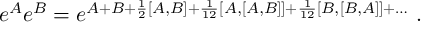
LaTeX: e ^ { A } e ^ { B } = e ^ { A + B + { \frac { 1 } { 2 } } [ A , B ] + { \frac { 1 } { 1 2 } } [ A , [ A , B ] ] + { \frac { 1 } { 1 2 } } [ B , [ B , A ] ] + \ldots } \ .